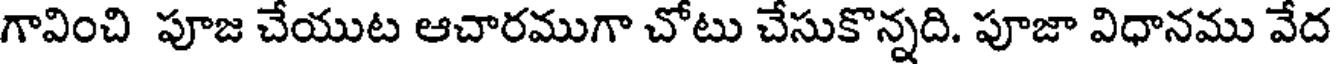
గావించి పూజ చేయుట ఆచారముగా చోటు చేసుకొన్నది. పూజా విధానము వేద